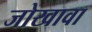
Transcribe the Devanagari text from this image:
जोखावा